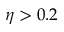
\eta > 0 . 2